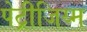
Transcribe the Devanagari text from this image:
पेट्रीजिय्म